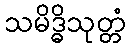
သမိဒ္ဓိသုတ္တံ